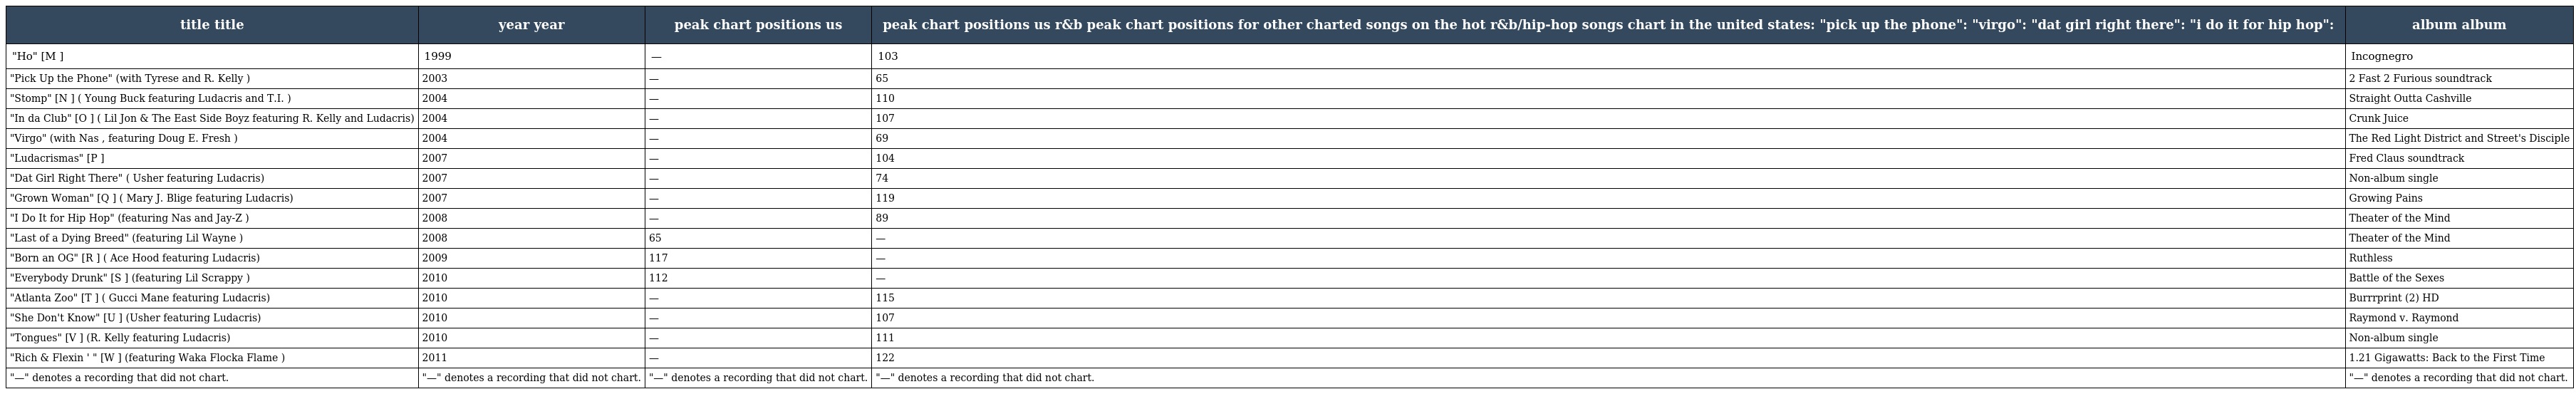
| title title | year year | peak chart positions us | peak chart positions us r&b peak chart positions for other charted songs on the hot r&b/hip-hop songs chart in the united states: "pick up the phone": "virgo": "dat girl right there": "i do it for hip hop": | album album |
 | --- | --- | --- | --- | --- |
 | "Ho" [M ] | 1999 | — | 103 | Incognegro |
 | "Pick Up the Phone" (with Tyrese and R. Kelly ) | 2003 | — | 65 | 2 Fast 2 Furious soundtrack |
 | "Stomp" [N ] ( Young Buck featuring Ludacris and T.I. ) | 2004 | — | 110 | Straight Outta Cashville |
 | "In da Club" [O ] ( Lil Jon & The East Side Boyz featuring R. Kelly and Ludacris) | 2004 | — | 107 | Crunk Juice |
 | "Virgo" (with Nas , featuring Doug E. Fresh ) | 2004 | — | 69 | The Red Light District and Street's Disciple |
 | "Ludacrismas" [P ] | 2007 | — | 104 | Fred Claus soundtrack |
 | "Dat Girl Right There" ( Usher featuring Ludacris) | 2007 | — | 74 | Non-album single |
 | "Grown Woman" [Q ] ( Mary J. Blige featuring Ludacris) | 2007 | — | 119 | Growing Pains |
 | "I Do It for Hip Hop" (featuring Nas and Jay-Z ) | 2008 | — | 89 | Theater of the Mind |
 | "Last of a Dying Breed" (featuring Lil Wayne ) | 2008 | 65 | — | Theater of the Mind |
 | "Born an OG" [R ] ( Ace Hood featuring Ludacris) | 2009 | 117 | — | Ruthless |
 | "Everybody Drunk" [S ] (featuring Lil Scrappy ) | 2010 | 112 | — | Battle of the Sexes |
 | "Atlanta Zoo" [T ] ( Gucci Mane featuring Ludacris) | 2010 | — | 115 | Burrrprint (2) HD |
 | "She Don't Know" [U ] (Usher featuring Ludacris) | 2010 | — | 107 | Raymond v. Raymond |
 | "Tongues" [V ] (R. Kelly featuring Ludacris) | 2010 | — | 111 | Non-album single |
 | "Rich & Flexin ' " [W ] (featuring Waka Flocka Flame ) | 2011 | — | 122 | 1.21 Gigawatts: Back to the First Time |
 | "—" denotes a recording that did not chart. | "—" denotes a recording that did not chart. | "—" denotes a recording that did not chart. | "—" denotes a recording that did not chart. | "—" denotes a recording that did not chart. |